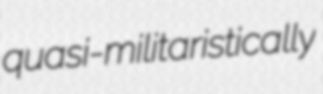
quasi-militaristically